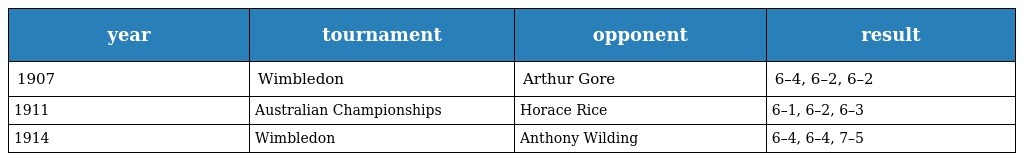
| year | tournament | opponent | result |
 | --- | --- | --- | --- |
 | 1907 | Wimbledon | Arthur Gore | 6–4, 6–2, 6–2 |
 | 1911 | Australian Championships | Horace Rice | 6–1, 6–2, 6–3 |
 | 1914 | Wimbledon | Anthony Wilding | 6–4, 6–4, 7–5 |